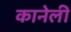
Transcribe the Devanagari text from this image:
कानेली